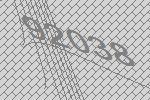
92038